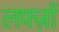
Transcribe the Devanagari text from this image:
लफ्ज़ों